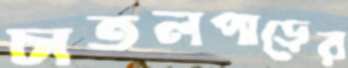
চাতলপাড়ের